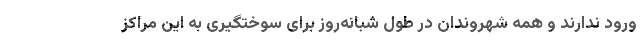
ورود ندارند و همه شهروندان در طول شبانه‌روز برای سوختگیری به این مراکز